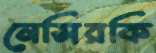
নেসিরকি